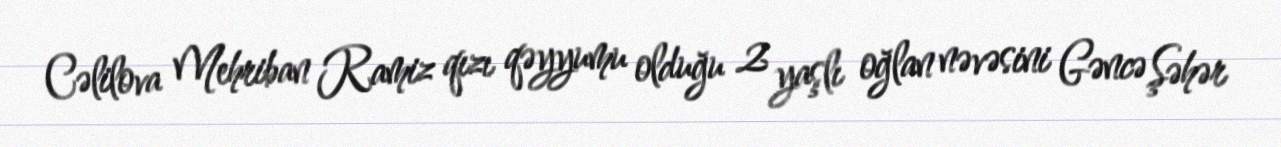
Cəlilova Mehriban Ramiz qızı qəyyumu olduğu 2 yaşlı oğlan nəvəsini Gəncə Şəhər